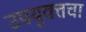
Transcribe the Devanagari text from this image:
उपयुक्तचा